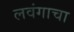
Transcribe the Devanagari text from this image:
लवंगाचा